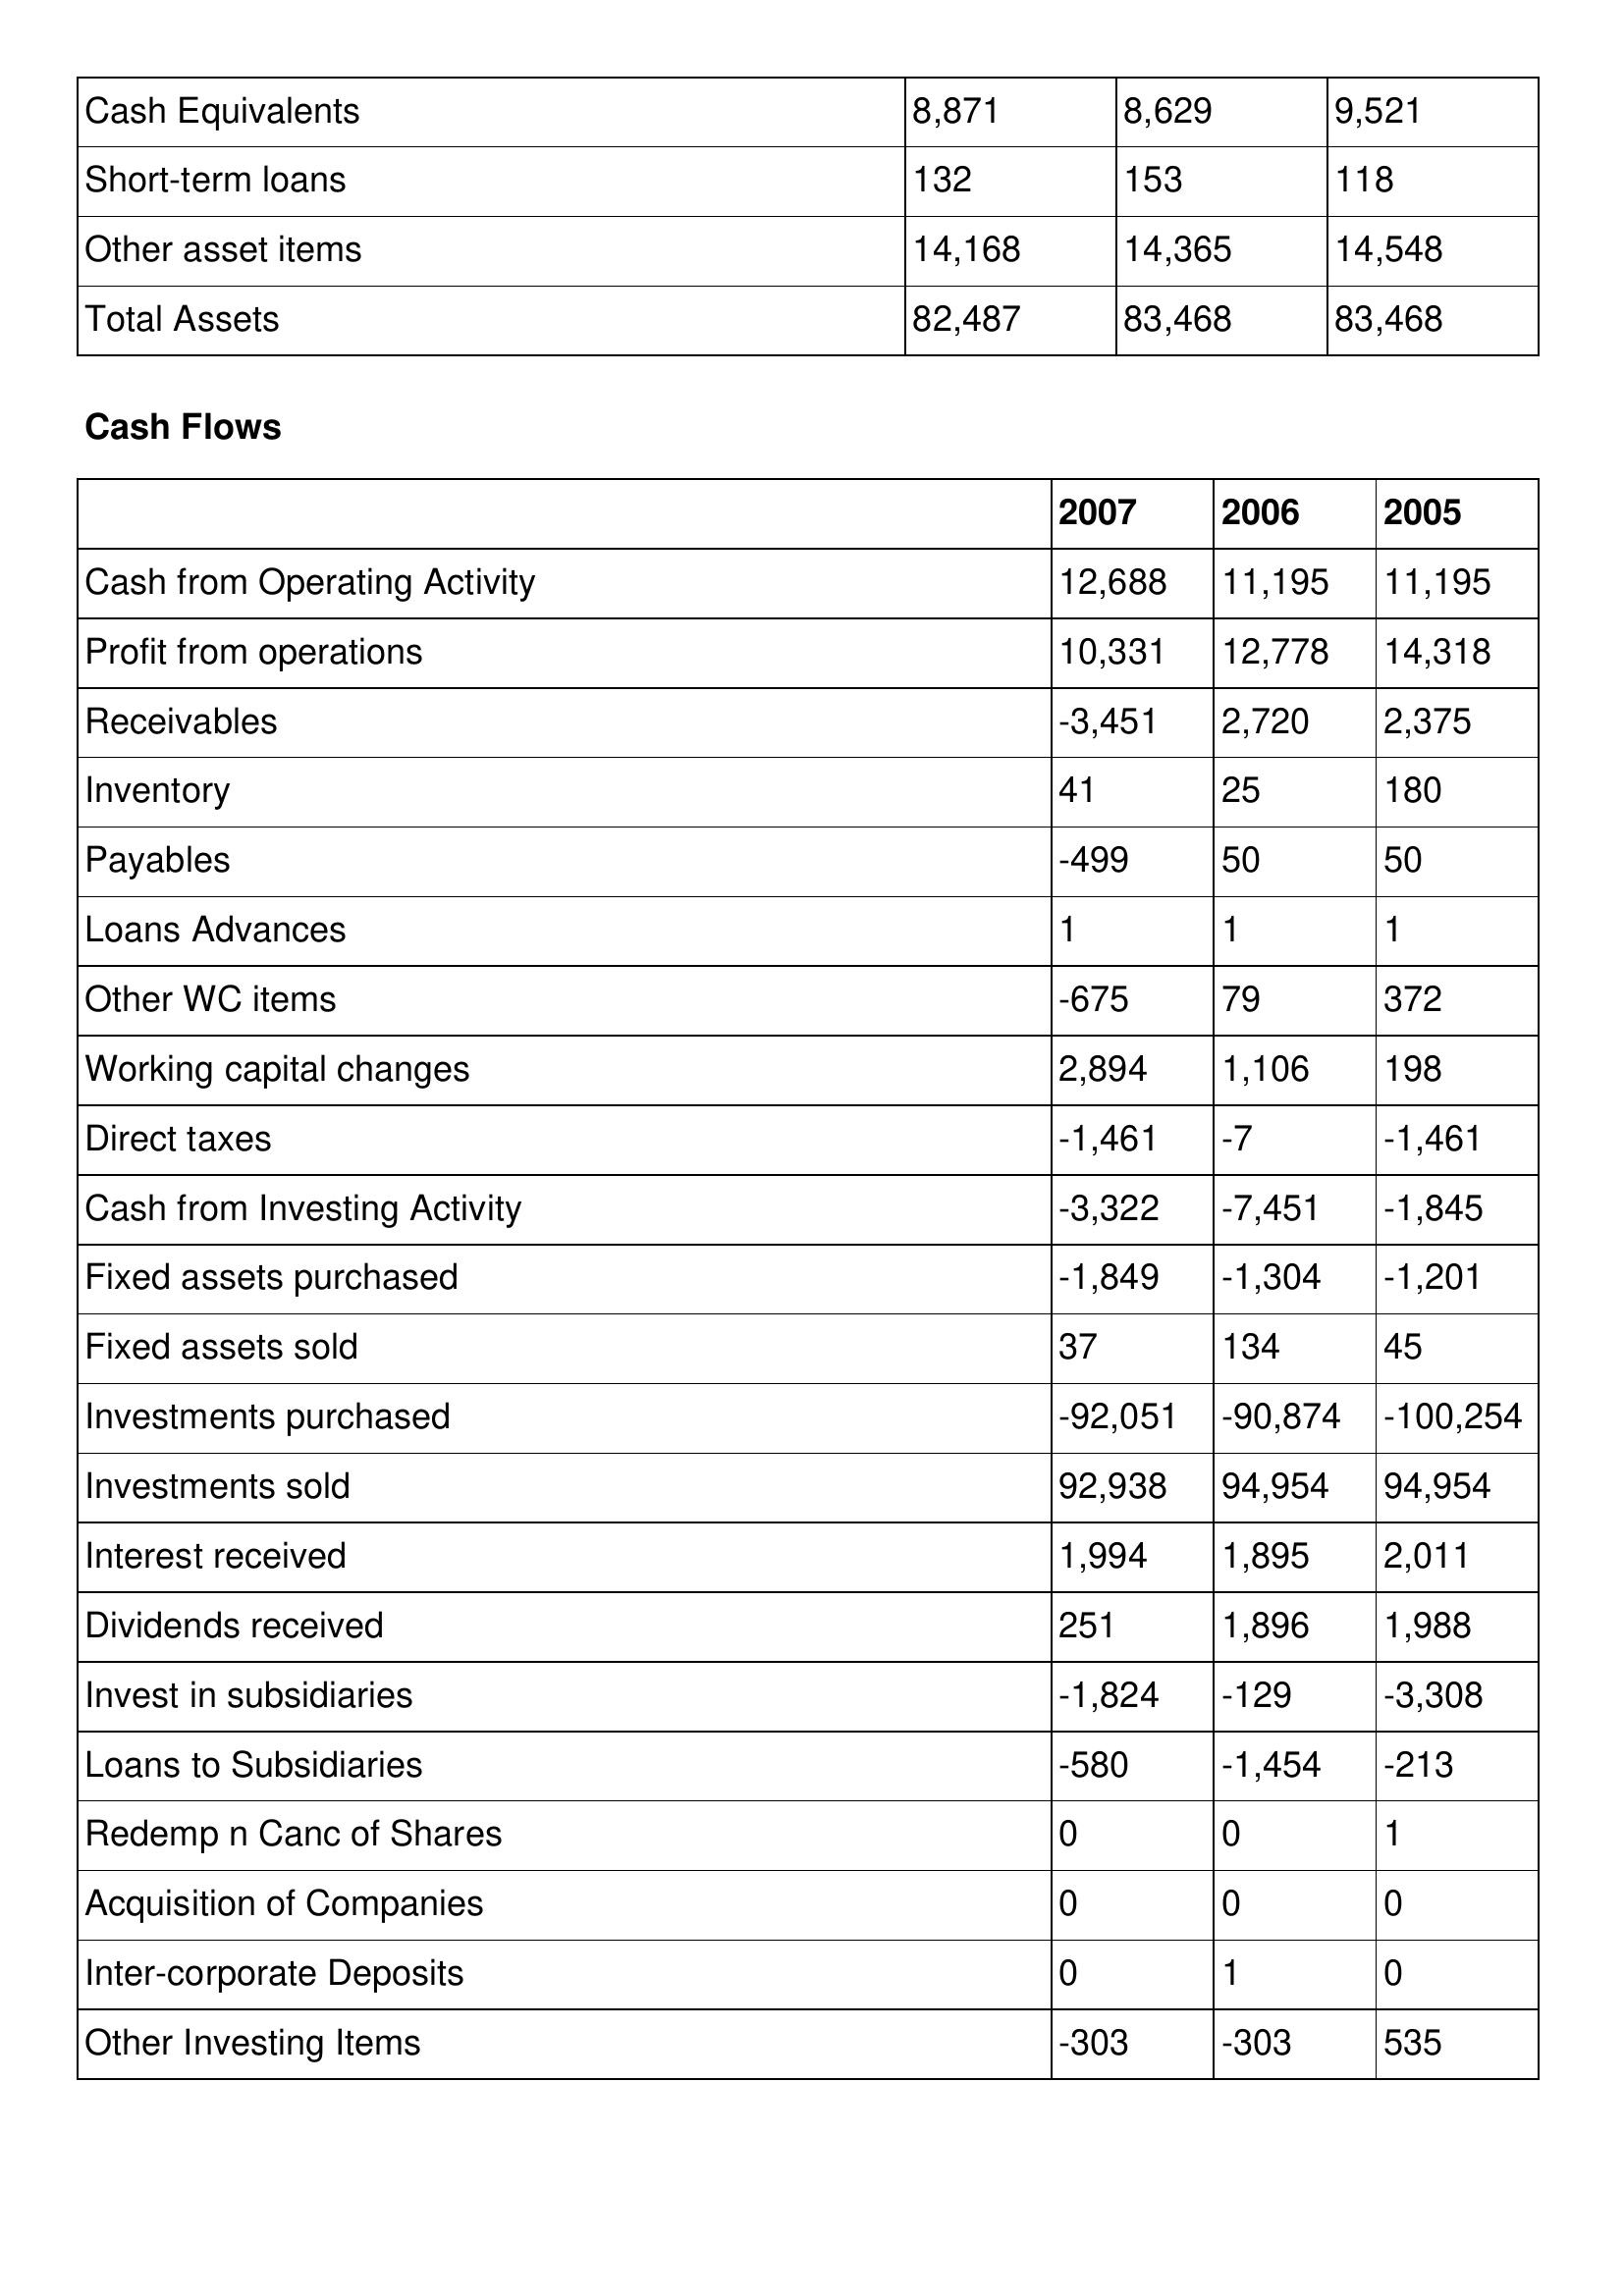
gt_parse: 2007: Balance Sheet: Cash Equivalents: 8,871
Short-term loans: 132
Other asset items: 14,168
Total Assets: 82,487
Cash Flows: Cash from Operating Activity: 12,688
Profit from operations: 10,331
Receivables: -3,451
Inventory: 41
Payables: -499
Loans Advances: 1
Other WC items: -675
Working capital changes: 2,894
Direct taxes: -1,461
Cash from Investing Activity: -3,322
Fixed assets purchased: -1,849
Fixed assets sold: 37
Investments purchased: -92,051
Investments sold: 92,938
Interest received: 1,994
Dividends received: 251
Invest in subsidiaries: -1,824
Loans to Subsidiaries: -580
Redemp n Canc of Shares: 0
Acquisition of Companies: 0
Inter-corporate Deposits: 0
Other Investing Items: -303
2006: Balance Sheet: Cash Equivalents: 8,629
Short-term loans: 153
Other asset items: 14,365
Total Assets: 83,468
Cash Flows: Cash from Operating Activity: 11,195
Profit from operations: 12,778
Receivables: 2,720
Inventory: 25
Payables: 50
Loans Advances: 1
Other WC items: 79
Working capital changes: 1,106
Direct taxes: -7
Cash from Investing Activity: -7,451
Fixed assets purchased: -1,304
Fixed assets sold: 134
Investments purchased: -90,874
Investments sold: 94,954
Interest received: 1,895
Dividends received: 1,896
Invest in subsidiaries: -129
Loans to Subsidiaries: -1,454
Redemp n Canc of Shares: 0
Acquisition of Companies: 0
Inter-corporate Deposits: 1
Other Investing Items: -303
2005: Balance Sheet: Cash Equivalents: 9,521
Short-term loans: 118
Other asset items: 14,548
Total Assets: 83,468
Cash Flows: Cash from Operating Activity: 11,195
Profit from operations: 14,318
Receivables: 2,375
Inventory: 180
Payables: 50
Loans Advances: 1
Other WC items: 372
Working capital changes: 198
Direct taxes: -1,461
Cash from Investing Activity: -1,845
Fixed assets purchased: -1,201
Fixed assets sold: 45
Investments purchased: -100,254
Investments sold: 94,954
Interest received: 2,011
Dividends received: 1,988
Invest in subsidiaries: -3,308
Loans to Subsidiaries: -213
Redemp n Canc of Shares: 1
Acquisition of Companies: 0
Inter-corporate Deposits: 0
Other Investing Items: 535